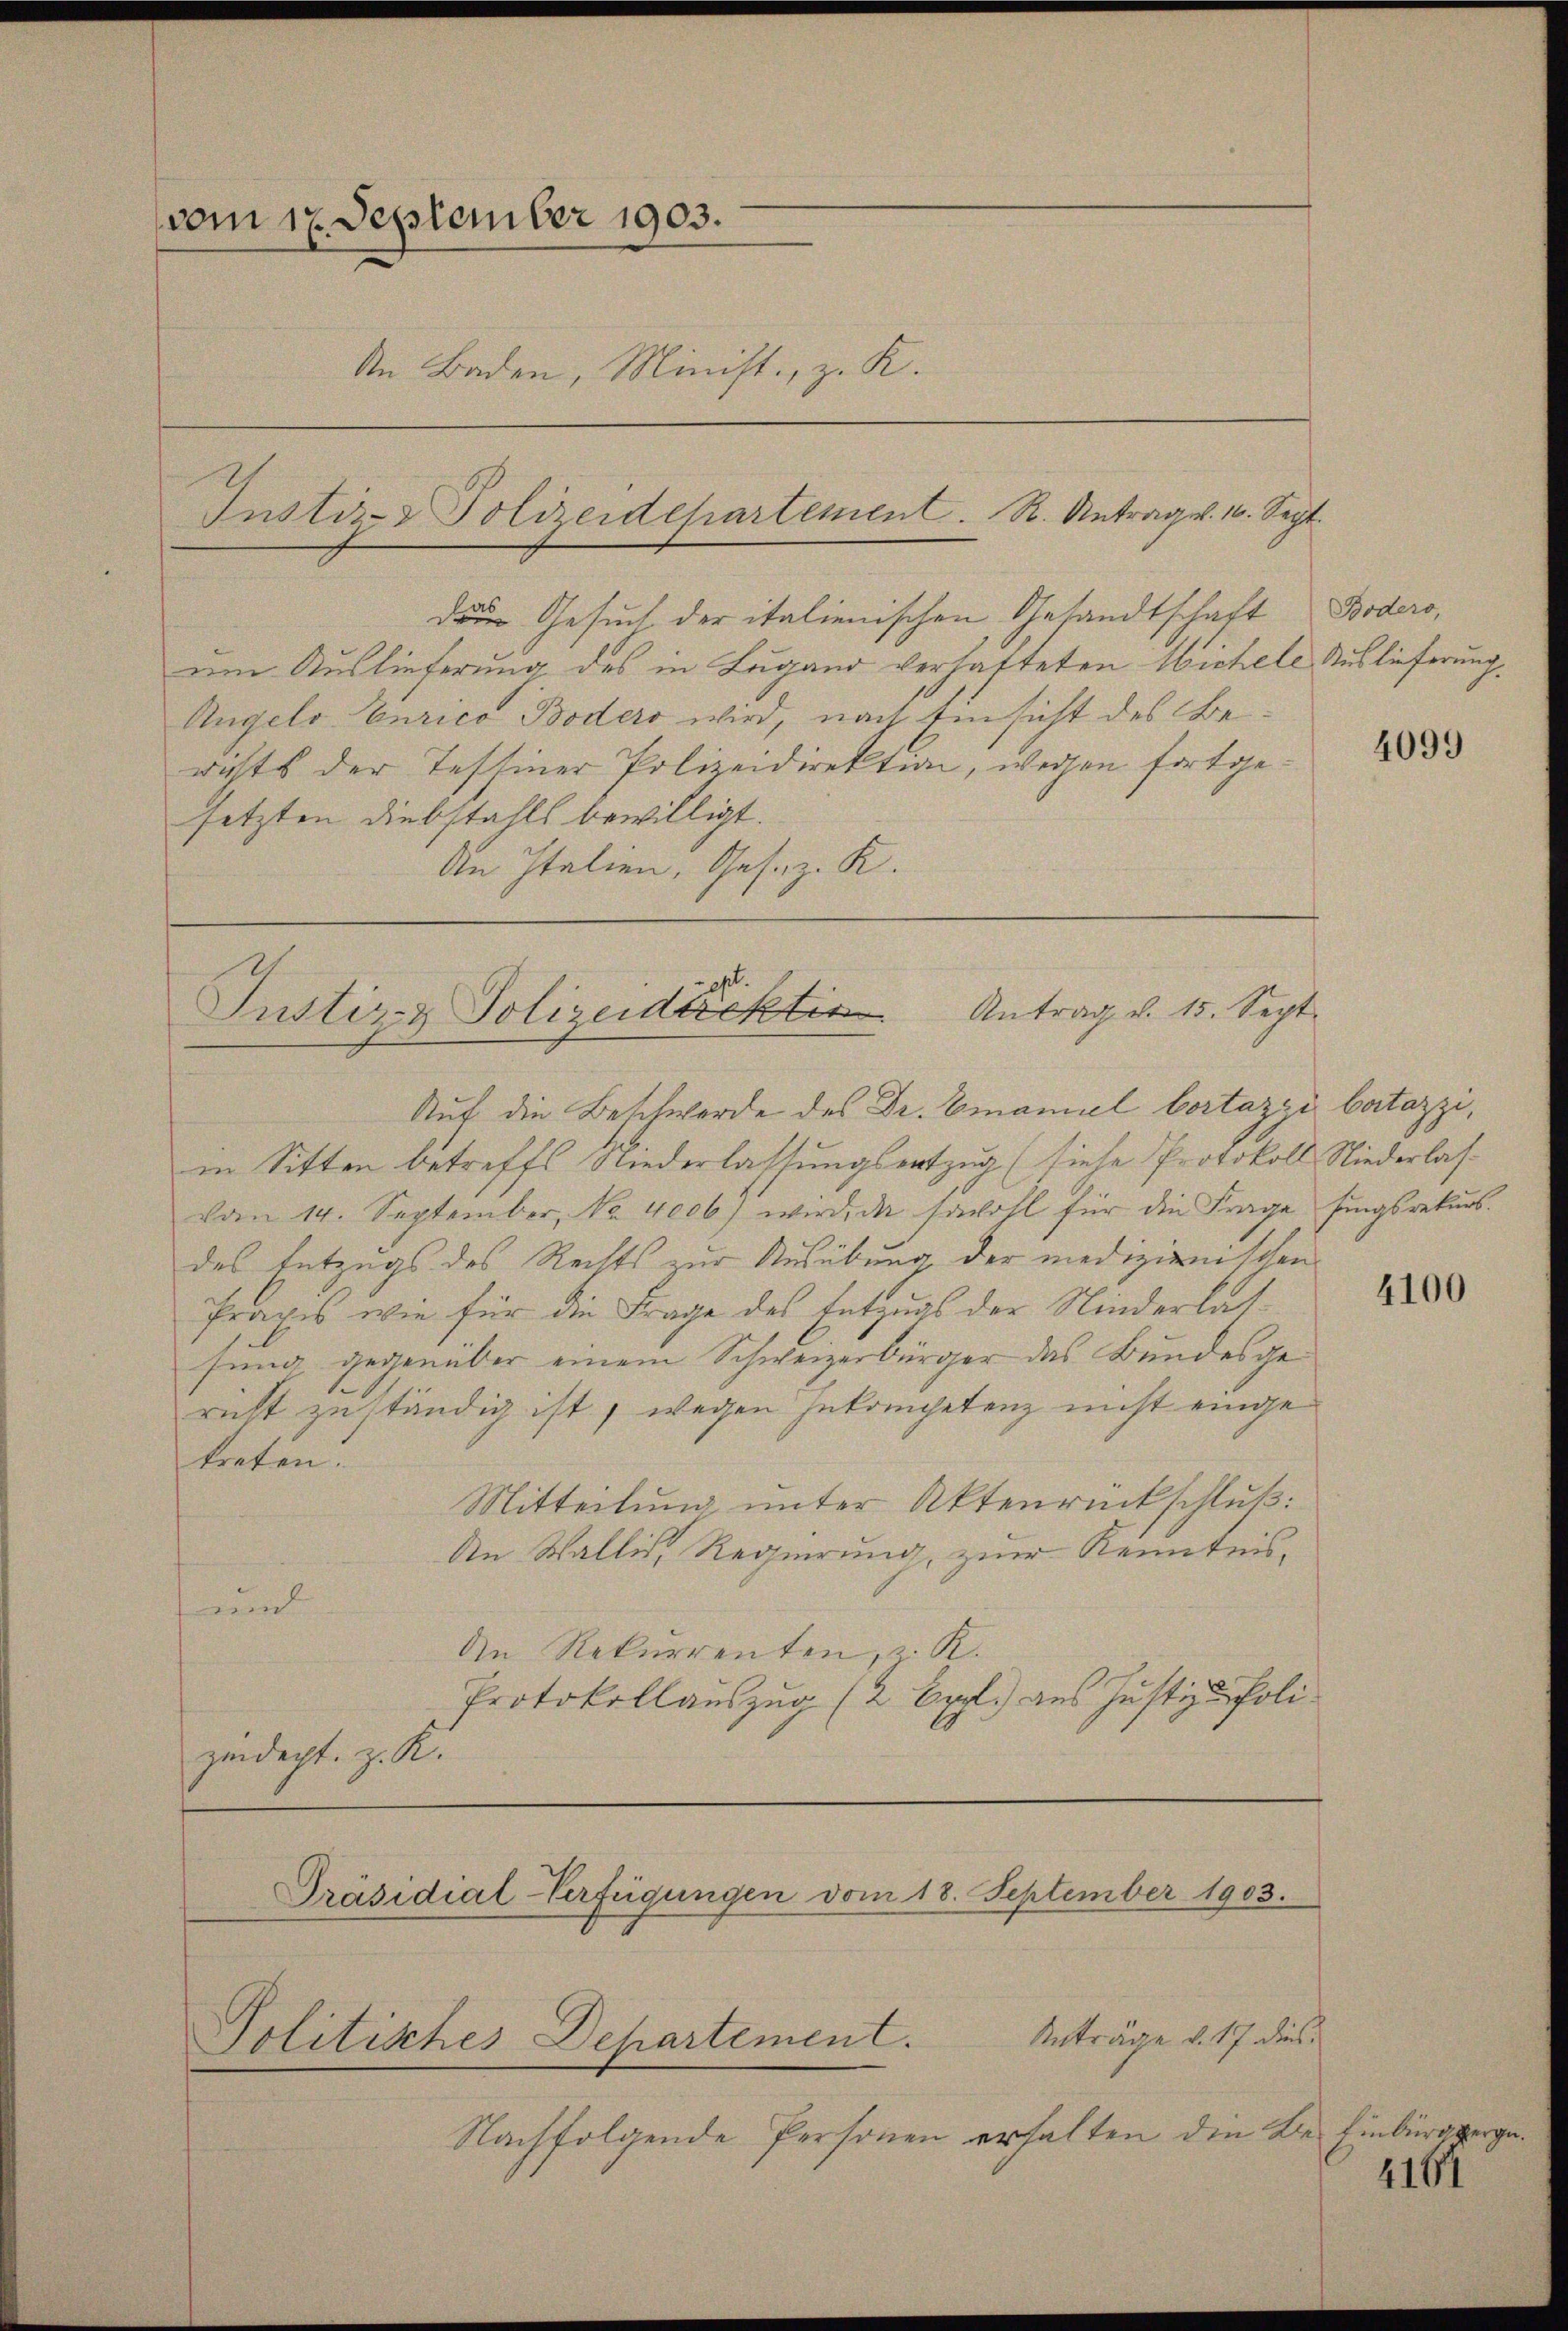
vom 17. September 1903.
An Baden, Minist, z. K.

Instiz- & Polizeidepartement. R. Antrag v. 10. Sept.

Justiz- & Polizeidirekt. Antrag v. 15. Sept.

Präsidial-Verfügungen vom 18. September 1903.

Politisches Departement.

den Gesuch der italienischen Gesandtschaft Bodero,
am Auslieferung des in Lugand verhatteten Wichell Auslieferung
Angels Curice Boders wird, nach Einsicht des Berichts der Testiner Polizeidirektion, wegen fortgesetzten Diebstalls bewilligt.
An Italien, Gesez. K.

Auf die Beschwerde des Dr. Emanuel Portazzi batazzi,
in Sitten betreffs Niederlassungsortzug (siehe Protokoll Niederlas-
vom 14. September, No. 4006) wird, da sowohl für die Frage fingsrekŭrs.
des Entzugs des Rechts zur Ausübung der medizienischen
Praxis wie für die Frage des Entzugs der Niederlassung gegenüber einem Schweizerbürger das Bundesgericht zuständig ist, wegen Inkompetenz nicht eingetreten.
Mitteilung unter Aktenrückschluß:
An Wallis Regierung, zur Kenntnis,
an
An Rekurrenten, z. R.
Protokollauszug (2 Eppl. aus Justiz & Polizindacht, z. K.

Anträge v. 17 dies
Nachfolgende Personen erhalten die Be- Einbürgerge

4099

4100

4161